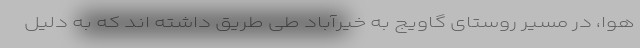
هوا، در مسیر روستای گاویج به خیرآباد طی طریق داشته اند که به دلیل